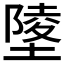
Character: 𡏹